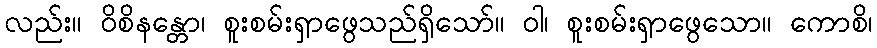
လည်း။ ဝိစိနန္တော၊ စူးစမ်းရှာဖွေသည်ရှိသော်။ ဝါ၊ စူးစမ်းရှာဖွေသော။ ကောစိ၊